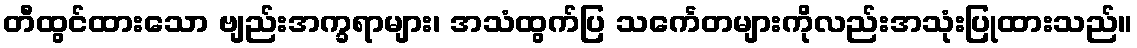
တီထွင်ထားသော ဗျည်းအက္ခရာများ၊ အသံထွက်ပြ သင်္ကေတများကိုလည်းအသုံးပြုထားသည်။